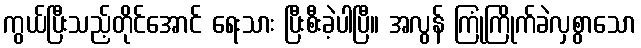
ကွယ်ပြီးသည့်တိုင်အောင် ရေးသား ပြီးစီးခဲ့ပါပြီ။ အလွန် ကြုံကြိုက်ခဲလှစွာသော